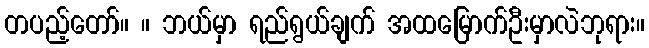
တပည့်တော်။ ။ ဘယ်မှာ ရည်ရွယ်ချက် အထမြောက်ဦးမှာလဲဘုရား။